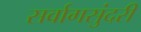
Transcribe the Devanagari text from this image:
सर्वागसुंदरी